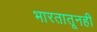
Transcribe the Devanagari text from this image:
भारतातूनही